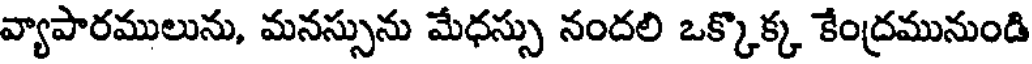
వ్యాపారములును, మనస్సును మేధస్సు నందలి ఒక్కొక్క కేంద్రమునుండి